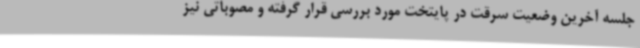
جلسه آخرین وضعیت سرقت در پایتخت مورد بررسی قرار گرفته و مصوباتی نیز